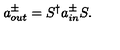
a _ { o u t } ^ { \pm } = S ^ { \dagger } a _ { i n } ^ { \pm } S .